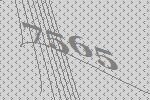
7565